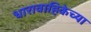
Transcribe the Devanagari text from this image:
धारावाहिकेच्या